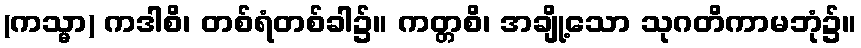
(ကသ္မာ) ကဒါစိ၊ တစ်ရံတစ်ခါ၌။ ကတ္တစိ၊ အချို့သော သုဂတိကာမဘုံ၌။